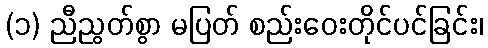
(၁) ညီညွတ်စွာ မပြတ် စည်းဝေးတိုင်ပင်ခြင်း၊